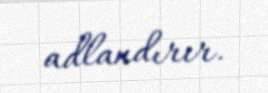
adlandırır.